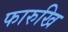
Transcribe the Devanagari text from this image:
फारुखि